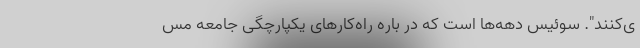
ی‌کنند". سوئیس دهه‌ها است که در باره راه‌کارهای یکپارچگی جامعه مس